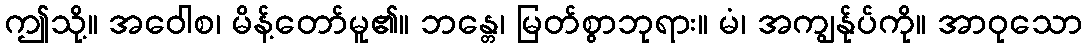
ဤသို့။ အဝေါစ၊ မိန့်တော်မူ၏။ ဘန္တေ၊ မြတ်စွာဘုရား။ မံ၊ အကျွန်ုပ်ကို။ အာဝုသော